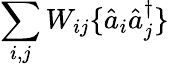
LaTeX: \sum_{i,j}W_{ij}\{ \hat{a}_{i}\hat{a}_{j}^{\dagger}\}